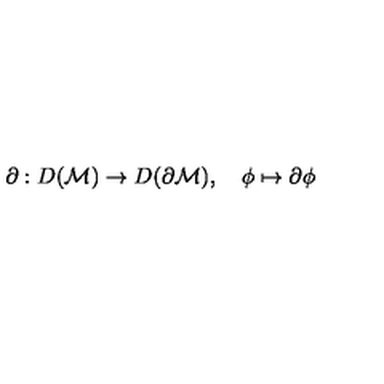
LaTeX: \partial : D ( { \cal M } ) \rightarrow D ( \partial { \cal M } ) , \quad \phi \mapsto \partial \phi